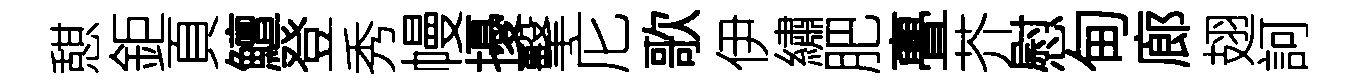
憇鉅頁鱣登秀幔擾擊庀歌伊繡肥亹芥慰甸廊翅訶